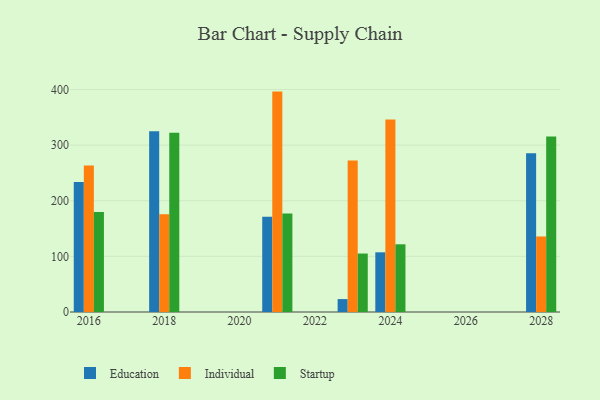
{"axis": {"x": "Year", "y": "Population (Million)"}, "legend": ["Education", "Individual", "Startup"], "data": [{"x": "2021", "y": 171.1, "type": "Education"}, {"x": "2021", "y": 396.2, "type": "Individual"}, {"x": "2021", "y": 176.9, "type": "Startup"}, {"x": "2023", "y": 23.2, "type": "Education"}, {"x": "2023", "y": 272.3, "type": "Individual"}, {"x": "2023", "y": 105.1, "type": "Startup"}, {"x": "2016", "y": 233.8, "type": "Education"}, {"x": "2016", "y": 263.4, "type": "Individual"}, {"x": "2016", "y": 179.8, "type": "Startup"}, {"x": "2028", "y": 285.4, "type": "Education"}, {"x": "2028", "y": 135.8, "type": "Individual"}, {"x": "2028", "y": 315.3, "type": "Startup"}, {"x": "2024", "y": 107.3, "type": "Education"}, {"x": "2024", "y": 346.1, "type": "Individual"}, {"x": "2024", "y": 121.7, "type": "Startup"}, {"x": "2018", "y": 324.8, "type": "Education"}, {"x": "2018", "y": 175.6, "type": "Individual"}, {"x": "2018", "y": 322.1, "type": "Startup"}]}